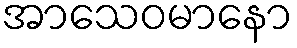
အာသေဝမာနော